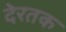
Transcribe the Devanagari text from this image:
देरतक